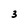
Character: 3